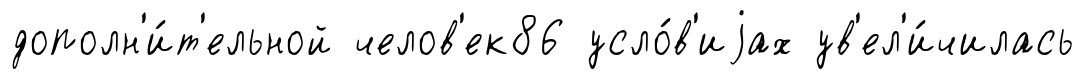
дополн'и́т'ельной челов'ек86 усло́в'иjах ув'ел'и́чилась